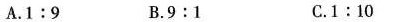
A.1:9 B.9:1 C.1:10